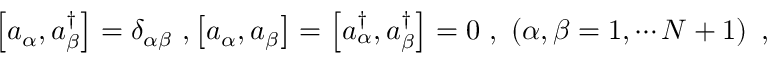
\left[ a _ { \alpha } , a _ { \beta } ^ { \dagger } \right] = \delta _ { \alpha \beta } \ , \left[ a _ { \alpha } , a _ { \beta } \right] = \left[ a _ { \alpha } ^ { \dagger } , a _ { \beta } ^ { \dagger } \right] = 0 \ , \ \left( \alpha , \beta = 1 , \cdots N + 1 \right) \ ,